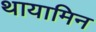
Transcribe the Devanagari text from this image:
थायामिन